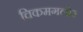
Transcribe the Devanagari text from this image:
चिकमगलोर